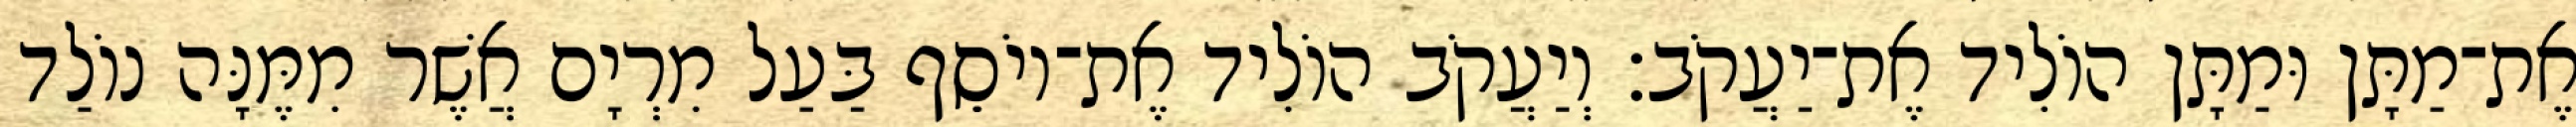
אֶת־מַתָּן וּמַתָּן הוֹלִיד אֶת־יַעֲקֹב׃ וְיַעֲקֹב הוֹלִיד אֶת־יוֹסֵף בַּעַל מִרְיָם אֲשֶׁר מִמֶּנָּה נוֹלַד